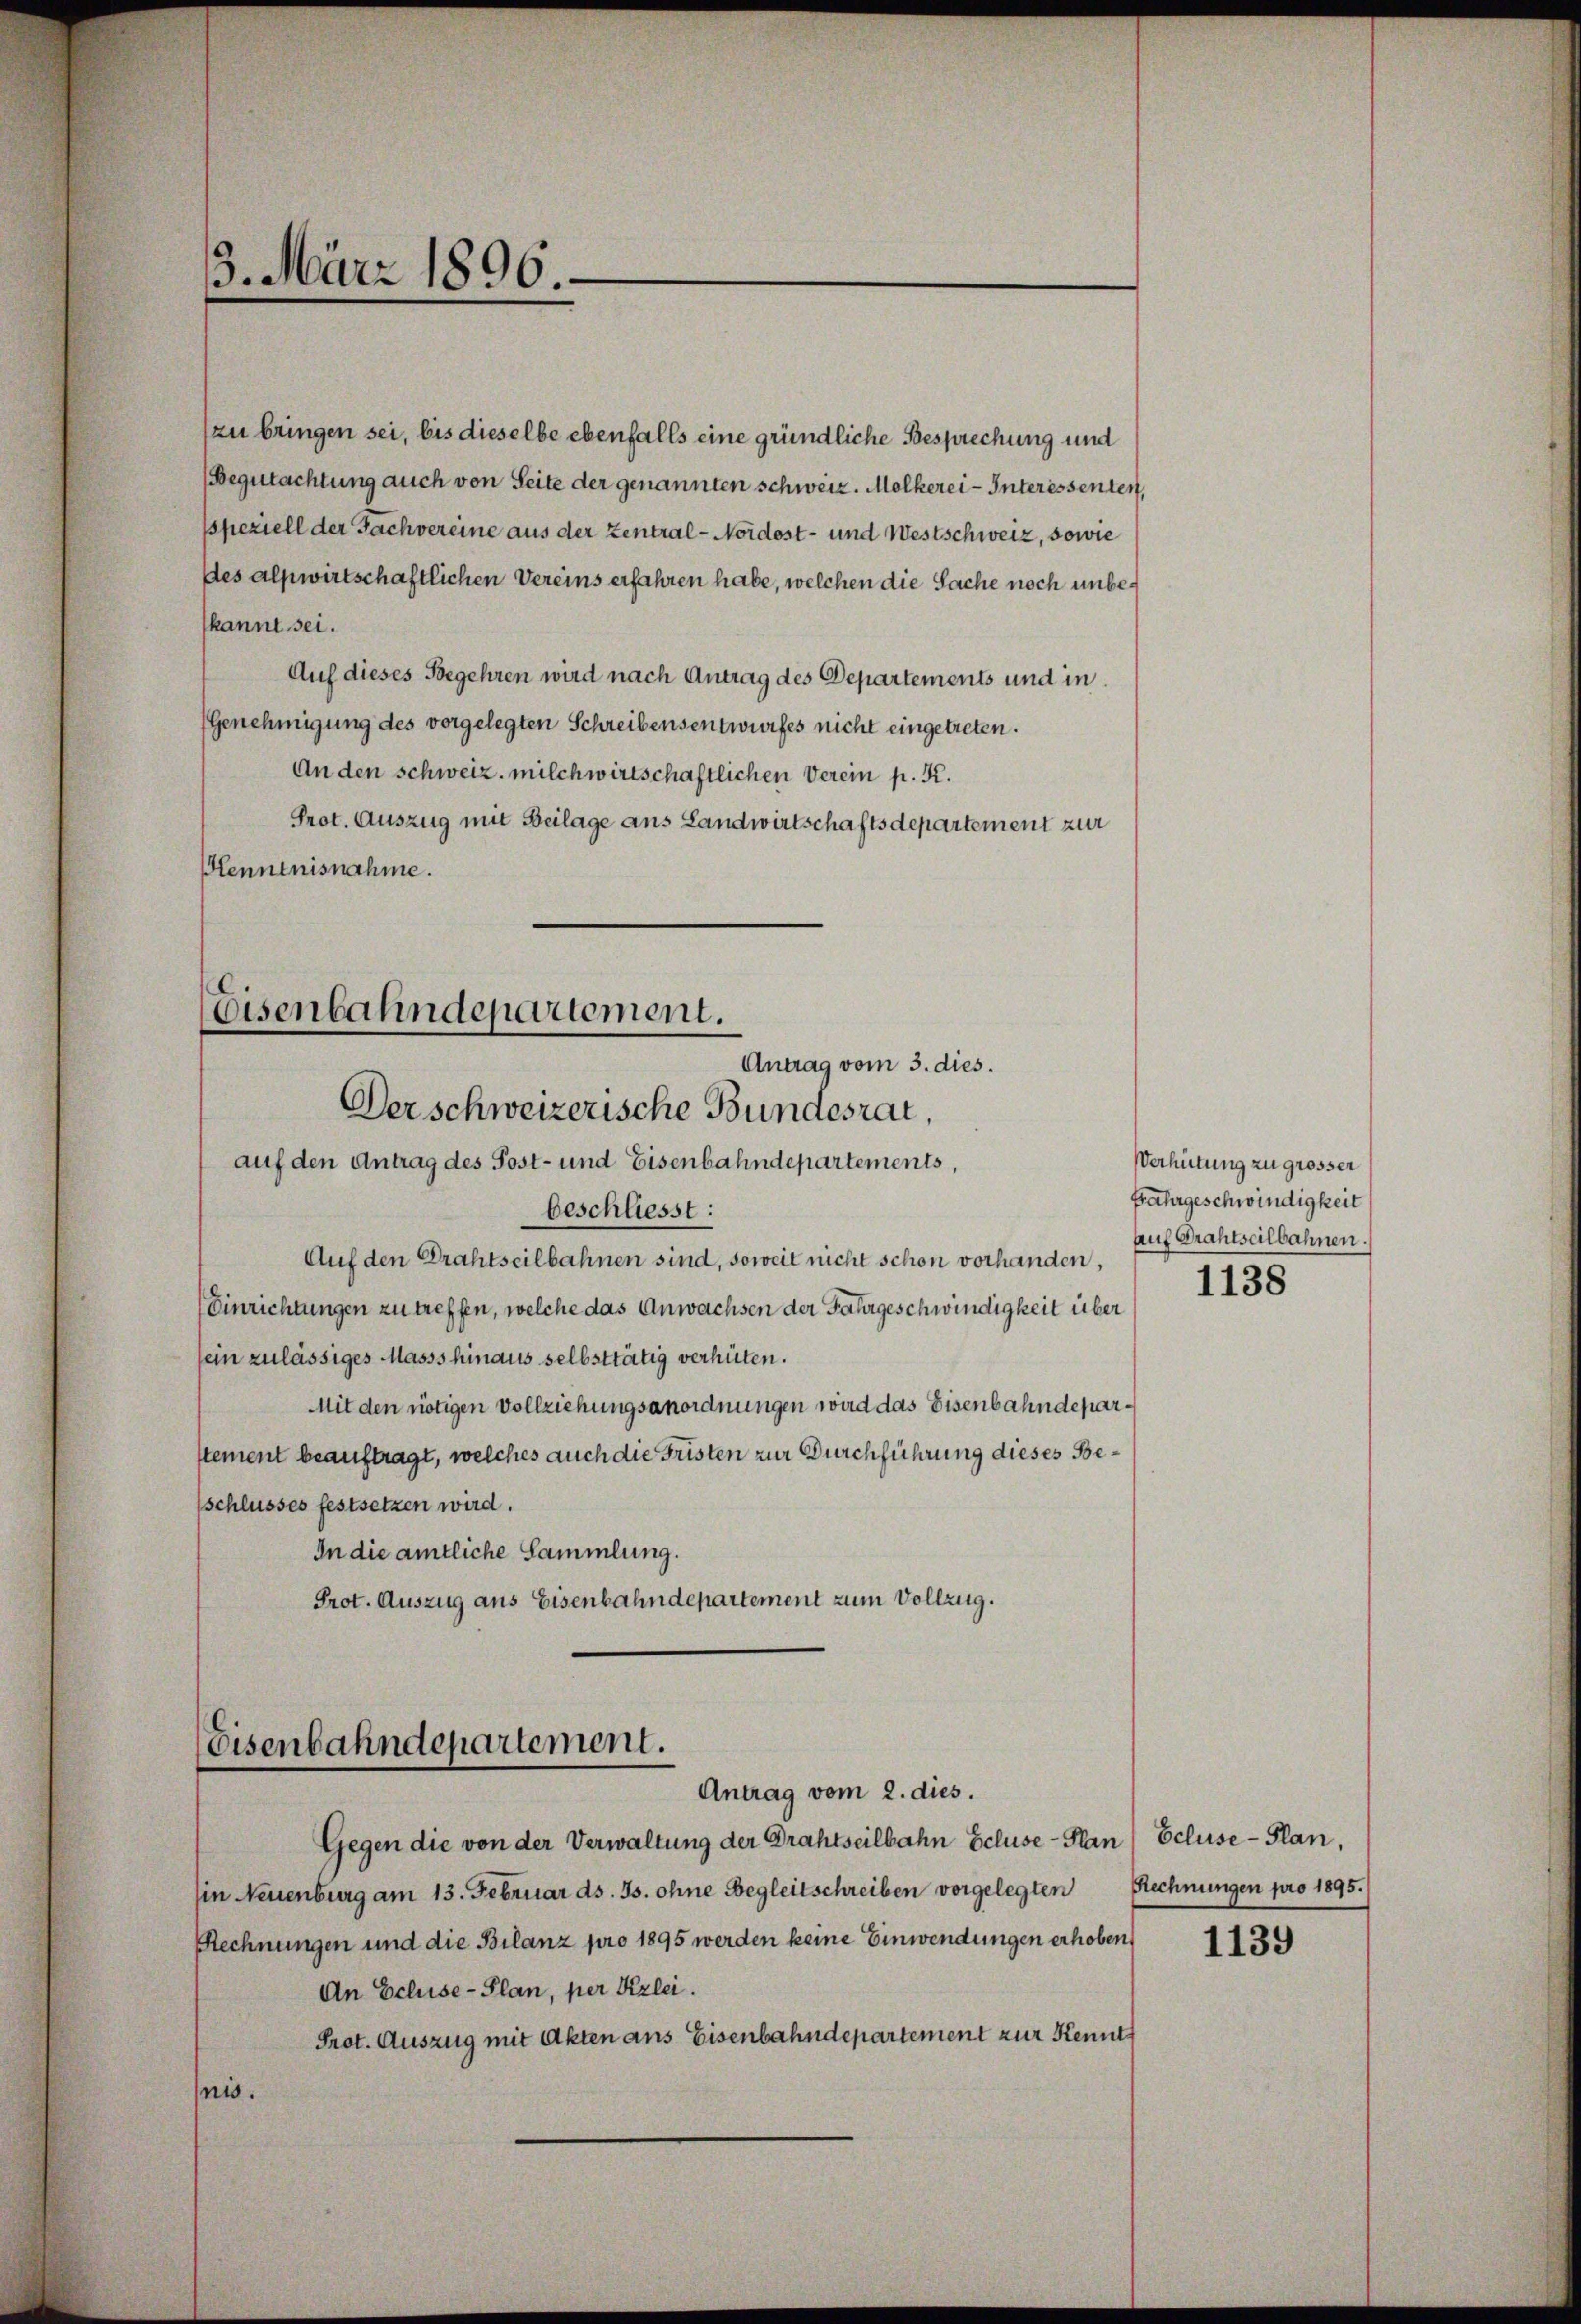
13. März 1896.

(zu bringen sei, bis dieselbe ebenfalls eine gründliche Besprechung und
Begutachtung auch von Seite der genannten schweiz. Mölkerei Interessenten,
sspeziell der Sachvereine aus der Zentral - Nordost- und Westschweiz, sowie
des alpwirtschaftlichen Vereins erfahren habe, welchen die Sache noch unbekannt sei.
Auf dieses Begehren wird nach Antrag des Departements und in
(Genehmigung des vorgelegten Schreibensentwurfes nicht eingetreten.
An den schweiz. milchwirtschaftlichen Verein p. K.
Prot. Auszug mit Beilage aus Landwirtschaftsdepartement zur
Hennenisnahme.
Eisenbahndepartement.
Antrag vom 3. dies.
Der schweizerische Bundesrat,
auf den Antrag des Post- und Eisenbahndepartements,
beschliesst:
Auf den Drahtseilbahnen sind, soweit nicht schon vorhanden,
Einrichtungen zu treffen, welche das Anwachsen der Fahrgeschwindigkeit über
sein zulässiges Masss hinaus selbsttätig verhüten.
Mit den nötigen Vollziehungsanordnungen wird das Eisenbahndeparstement beauftragt, welches auch die Fristen zur Durchführung dieses Beschlusses festsetzen wird.
In die amtliche Sammlung.
Prot. Auszug aus Eisenbahndepartement zum Vollzug.

Gegen die von der Verwaltung der Drahtseilbahn Schuse-Plan / Ecluse-Plan,
in Neuenburg am 13. Februar ds. Js. ohne Begleitschreiben vorgelegten Rechnungen pro 1895.
Rechnungen und die Bilanz pro 1895 werden keine Einwendungen erhoben
An Eclise-Plan, per Kzlei.
Prot. Auszug mit Akten ans Eisenbahndepartement zur Kennt
nis.

Eisenbahndepartement.
Antrag vom 2. dies.

Verhütung zu grösser
Fahrgeschwindigkeit
Auf Grahtseilbahnen.

1138

1139